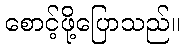
စောင့်ဖို့ပြောသည်။